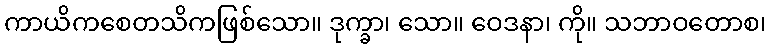
ကာယိကစေတသိကဖြစ်သော။ ဒုက္ခာ၊ သော။ ဝေဒနာ၊ ကို။ သဘာဝတောစ၊